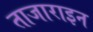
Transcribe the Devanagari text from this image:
ताजाराइन